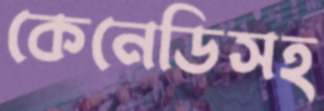
কেনেডিসহ